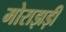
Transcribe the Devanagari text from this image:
मोराझड़ी